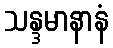
သန္ဒမာနာနံ